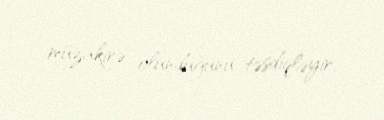
müzakirə olunduğunu təsdiqləyir.